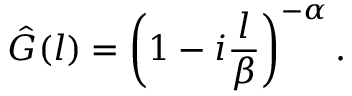
\hat { G } ( l ) = \left( 1 - i \frac { l } { \beta } \right) ^ { - \alpha } .